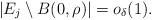
LaTeX: \begin{align*} |E_j\setminus B(0,\rho)| = o_\delta(1).\end{align*}